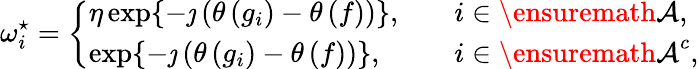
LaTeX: \omega_{i}^{\star}=\left\{ \begin{array}{ll}{\eta\exp\{ -\jmath\left(\theta\left(g_{i}\right)-\theta\left(f\right)\right)\} ,\quad}&{i\in{\ensuremath{\mathcal{A}}},}\\ {\exp\{ -\jmath\left(\theta\left(g_{i}\right)-\theta\left(f\right)\right)\} ,\quad}&{i\in{\ensuremath{\mathcal{A}}}^{c},}\end{array}\right.